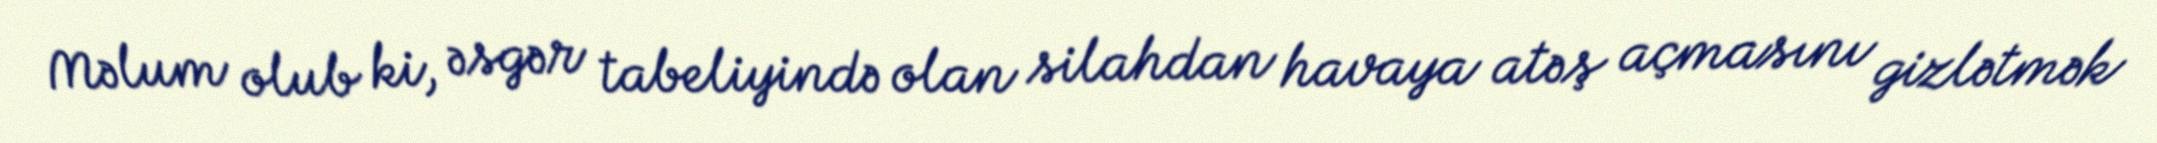
Məlum olub ki, əsgər tabeliyində olan silahdan havaya atəş açmasını gizlətmək